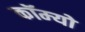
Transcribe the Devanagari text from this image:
कॉम्‍यो